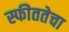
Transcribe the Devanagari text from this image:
स्फीततेचा